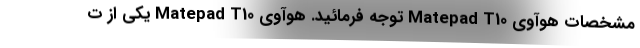
مشخصات هوآوی Matepad T10 توجه فرمائید. هوآوی Matepad T10 یکی از ت